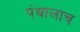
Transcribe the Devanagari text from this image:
पंथालाच